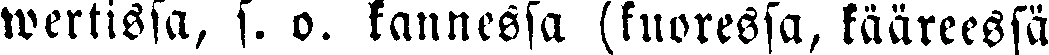
wertissa, s. o. kannessa (kuoressa, kääreessä